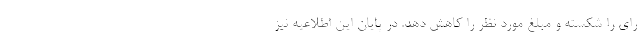
رای را شکسته و مبلغ مورد نظر را کاهش دهد. در پایان این اطلاعیه نیز